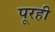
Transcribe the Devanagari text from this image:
पूरही